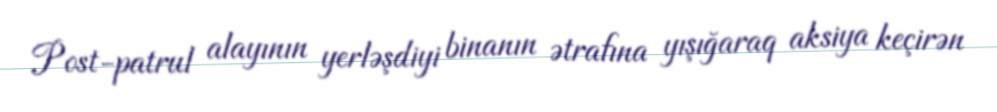
Post-patrul alayının yerləşdiyi binanın ətrafına yışığaraq aksiya keçirən